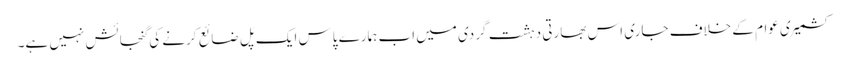
کشمیری عوام کے خلاف جاری اس بھارتی دہشت گردی میں اب ہمارے پاس ایک پَل ضائع کرنے کی گنجائش نہیں ہے۔